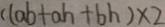
c ( a b + a h + b h ) \times 2